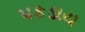
પકડાય